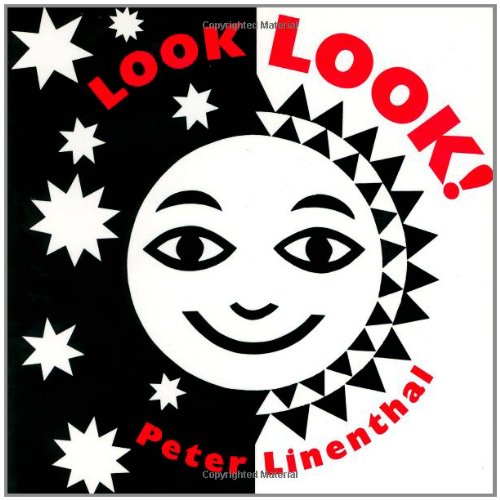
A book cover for Look, Look!; Peter Linenthal; Children's Books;